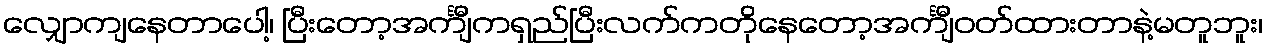
လျှောကျနေတာပေါ့၊ ပြီးတော့အင်္ကျီကရှည်ပြီးလက်ကတိုနေတော့အင်္ကျီဝတ်ထားတာနဲ့မတူဘူး၊